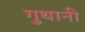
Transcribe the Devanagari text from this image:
गुथानी